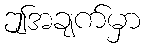
ဤအချက်မှာ